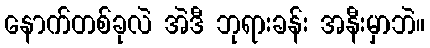
နောက်တစ်ခုလဲ အဲဒီ ဘုရားခန်း အနီးမှာဘဲ။